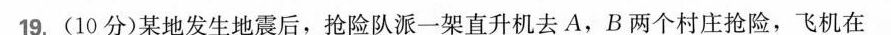
19.(10分)某地发生地震后，抢险队派一架直升机去A，B两个村庄抢险，飞机在